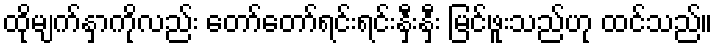
ထိုမျက်နှာကိုလည်း တော်တော်ရင်းရင်းနှီးနှီး မြင်ဖူးသည်ဟု ထင်သည်။